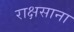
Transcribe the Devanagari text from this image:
राक्षसाना